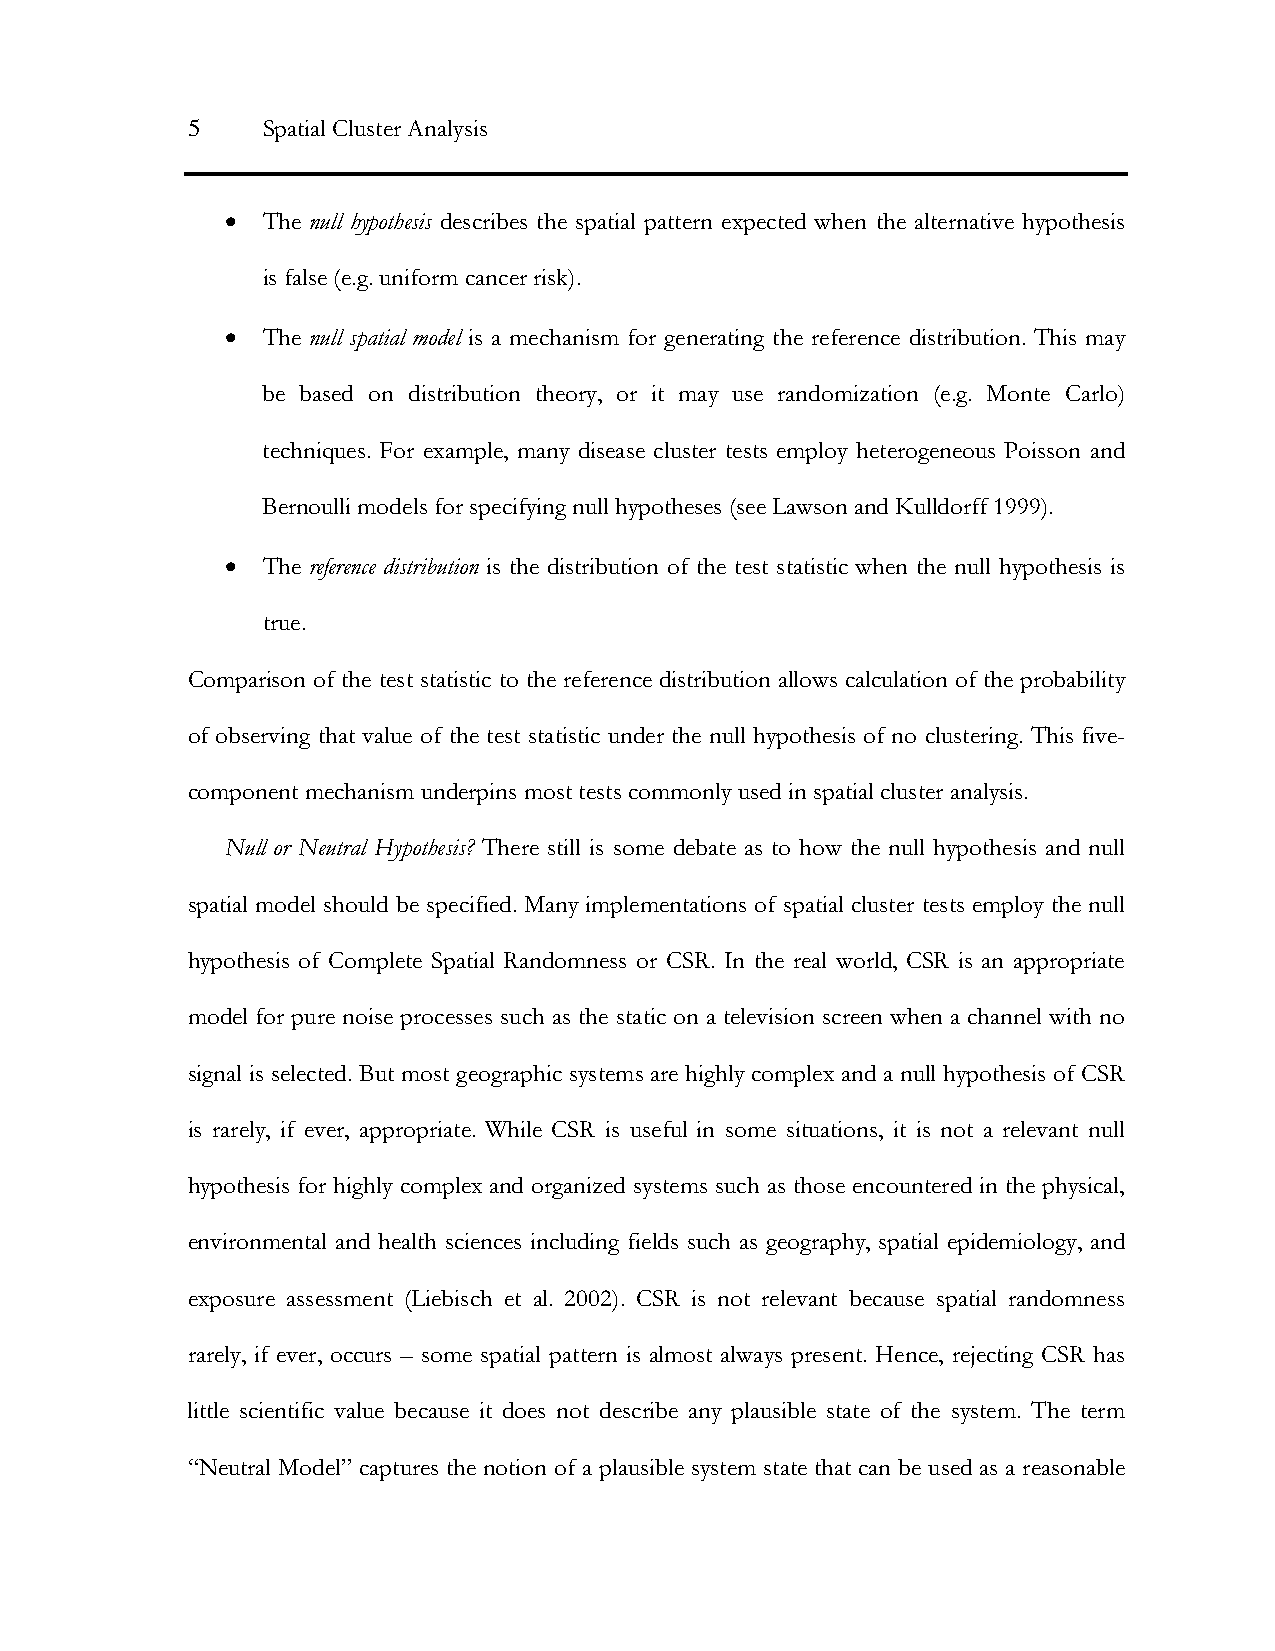
5    Spatial Cluster Analysis
 • The null hypothesis describes the spatial pattern expected when the alternative hypothesis
 is false (e.g. uniform cancer risk).
 • The null spatial model is a mechanism for generating the reference distribution. This may
 be based on distribution theory, or it may use randomization (e.g. Monte Carlo)
 techniques. For example, many disease cluster tests employ heterogeneous Poisson and
 Bernoulli models for specifying null hypotheses (see Lawson and Kulldorff 1999).
 • The reference distribution is the distribution of the test statistic when the null hypothesis is
 true.
 Comparison of the test statistic to the reference distribution allows calculation of the probability
 of observing that value of the test statistic under the null hypothesis of no clustering. This five-
 component mechanism underpins most tests commonly used in spatial cluster analysis.
 Null or Neutral Hypothesis? There still is some debate as to how the null hypothesis and null
 spatial model should be specified. Many implementations of spatial cluster tests employ the null
 hypothesis of Complete Spatial Randomness or CSR. In the real world, CSR is an appropriate
 model for pure noise processes such as the static on a television screen when a channel with no
 signal is selected. But most geographic systems are highly complex and a null hypothesis of CSR
 is rarely, if ever, appropriate. While CSR is useful in some situations, it is not a relevant null
 hypothesis for highly complex and organized systems such as those encountered in the physical,
 environmental and health sciences including fields such as geography, spatial epidemiology, and
 exposure assessment (Liebisch et al. 2002). CSR is not relevant because spatial randomness
 rarely, if ever, occurs – some spatial pattern is almost always present. Hence, rejecting CSR has
 little scientific value because it does not describe any plausible state of the system. The term
 “Neutral Model” captures the notion of a plausible system state that can be used as a reasonable